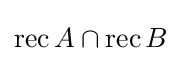
\operatorname {rec} A\cap \operatorname {rec} B